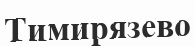
Тимирязево